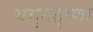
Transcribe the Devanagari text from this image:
यमृगतृष्णा